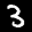
Label: 3